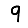
Digit: 9